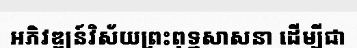
អភិវឌ្ឍន៍វិស័យព្រះពុទ្ឋសាសនា ដើម្បីជា